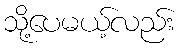
သို့ပေမယ့်လည်း